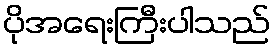
ပိုအရေးကြီးပါသည်